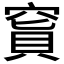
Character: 𥧅